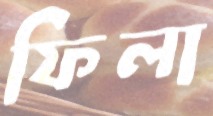
ফিলা